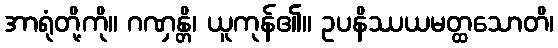
အာရုံတို့ကို။ ဂဏှန္တိ၊ ယူကုန်၏။ ဥပနိဿယမတ္ထသောတိ၊